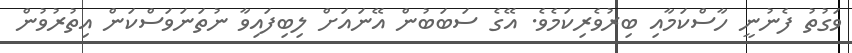
ވަގުތު ފެނުނީ ހާސްކަމާއި ބިރުވެރިކަމެވެ. އޭގެ ސަބަބުން އޭނައަށް ލިބިފައިވާ ނުތަނަވަސްކަން އިތުރުވުން